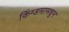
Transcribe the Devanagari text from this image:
किंग्डमामधून